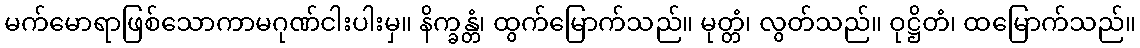
မက်မောရာဖြစ်သောကာမဂုဏ်ငါးပါးမှ။ နိက္ခန္တံ၊ ထွက်မြောက်သည်။ မုတ္တံ၊ လွတ်သည်။ ဝုဋ္ဌိတံ၊ ထမြောက်သည်။